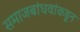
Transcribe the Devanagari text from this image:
समाजबांधवांकडून